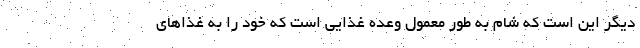
دیگر این است که شام به طور معمول وعده غذایی است که خود را به غذاهای